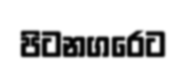
පිටනගරෙට